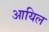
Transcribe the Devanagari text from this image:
आयिल